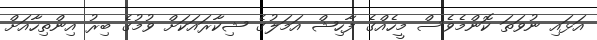
އަޅައި ނުވަތަ ކޮންމެވެސް މީހެއްގެ ފާހިޝް އަމަލުގެ ޝިކާރައަކަށް ވުމުގެ ބިރު އިންތިހާއަށް